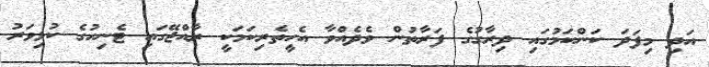
އަދި މިފަދަ ކަންކަމުގައި ދިރާގުގެ ފަރާތުން ވެދެއްވާ އެހީތެރިކަމަކީ ރާއްޖޭގައި ޓެނިހުގެ ކުޅިވަރު